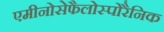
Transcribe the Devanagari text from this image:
एमीनोसेफैलोस्पोरैनिक